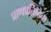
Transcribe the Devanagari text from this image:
प्राणप्रतिष्ठेचा